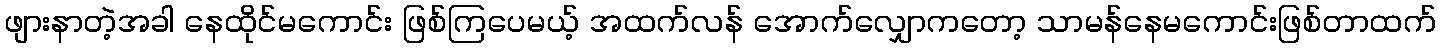
ဖျားနာတဲ့အခါ နေထိုင်မကောင်း ဖြစ်ကြပေမယ့် အထက်လန် အောက်လျှောကတော့ သာမန်နေမကောင်းဖြစ်တာထက်